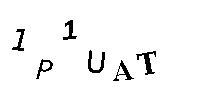
1P1UAT